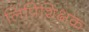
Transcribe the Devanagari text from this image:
लिपिशिक्षक